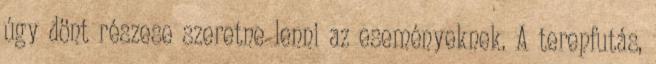
úgy dönt részese szeretne lenni az eseményeknek. A terepfutás,